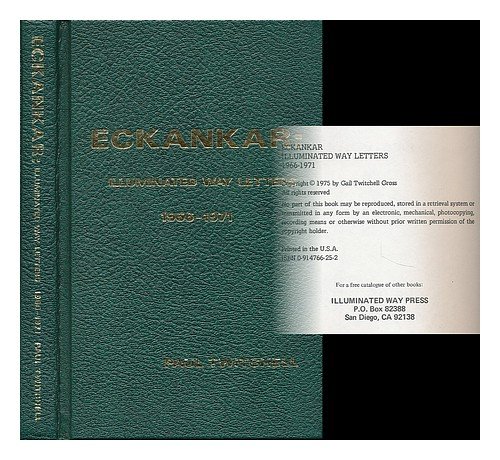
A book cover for Eckankar: Illuminated Way Letters, 1966-1971; Paul Twitchell; Religion & Spirituality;